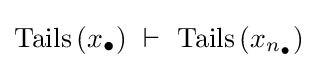
\operatorname {Tails} \left(x_{\bullet }\right)~\vdash ~\operatorname {Tails} \left(x_{n_{\bullet }}\right)